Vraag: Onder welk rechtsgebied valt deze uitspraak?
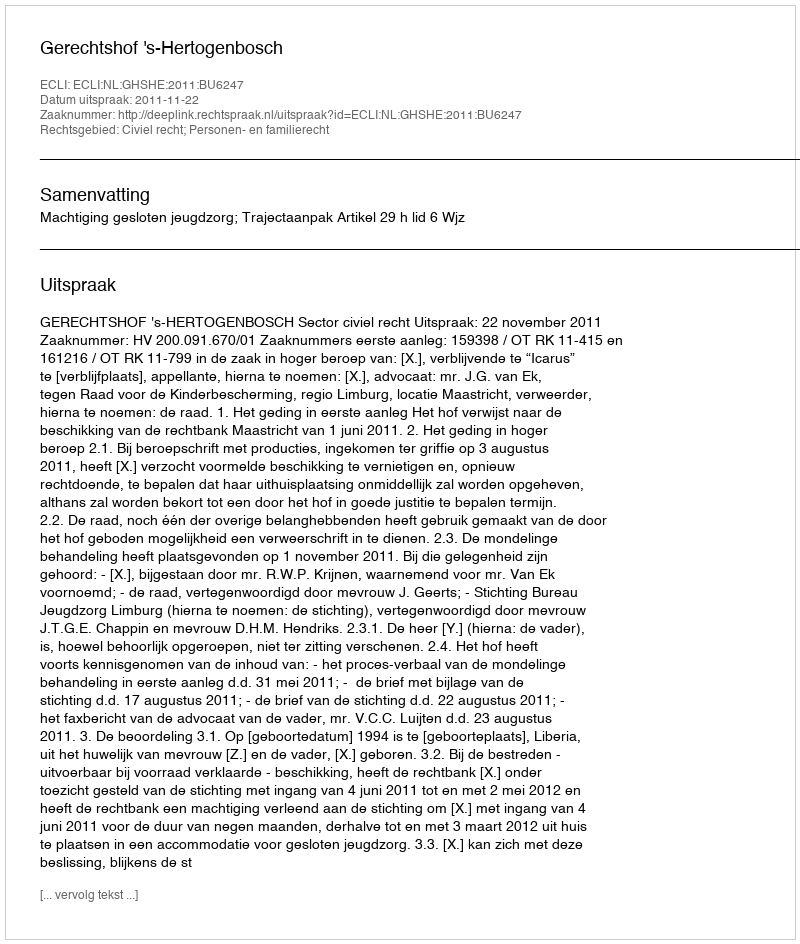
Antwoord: Civiel recht; Personen- en familierecht